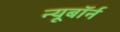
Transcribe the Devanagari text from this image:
न्यूबॉर्न